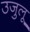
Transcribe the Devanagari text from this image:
उजुलू